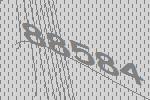
88584